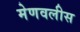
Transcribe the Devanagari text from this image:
मेणवलीस